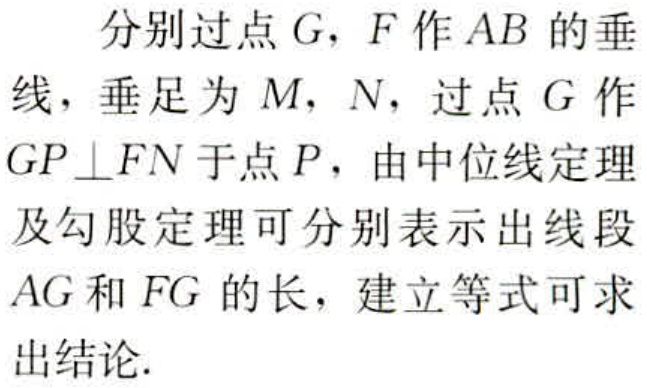
分别过点\(G\)，\(F\)作\(AB\)的垂线，垂足为\(M\)，\(N\)，过点\(G\)作\(GP\perp FN\)于点\(P\)，由中位线定理及勾股定理可分别表示出线段\(AG\)和\(FG\)的长，建立等式可求出结论.